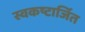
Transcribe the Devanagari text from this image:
स्वकष्टार्जित